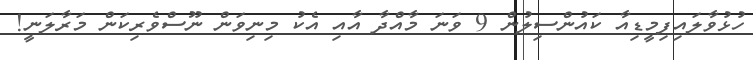
ހުޅުވާލައިފިމީޑިއާ ކައުންސިލުން 9 ވަނަ މާއްދާ އާއި އެކު މިނިވަން ނޫސްވެރިކަން މަރާލަނީ!